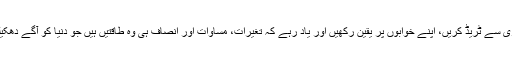
ذمہ داری سے ٹریڈ کریں، اپنے خوابوں پر یقین رکھیں اور یاد رہے کہ تغیرات، مساوات اور انصاف ہی وہ طاقتیں ہیں جو دنیا کو آگے دھکیلتی ہیں۔